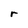
Character: r